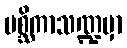
မစ္ဆိကာသဏ္ဍမှာ